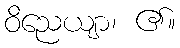
ဝိညေယျာ၊ ၏။